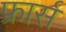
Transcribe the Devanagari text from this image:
फ्रार्स